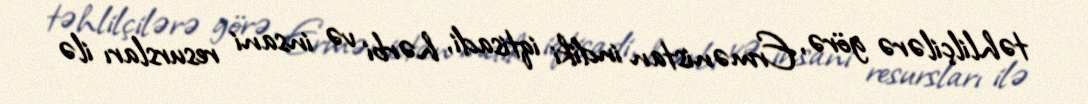
təhlilçilərə görə, Ermənistan indiki iqtisadi, hərbi və insani resursları ilə